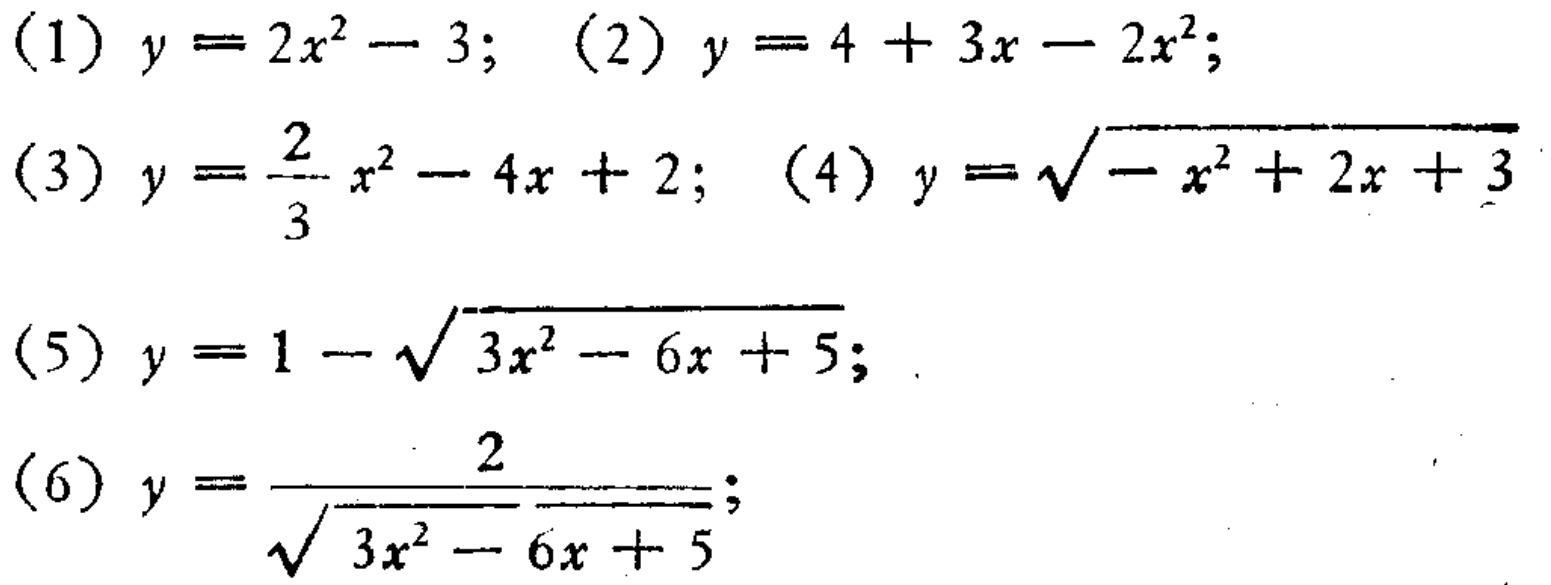
(1) \(y = 2x^{2}-3\); (2) \(y = 4 + 3x-2x^{2}\);

(3) \(y=\frac{2}{3}x^{2}-4x + 2\); (4) \(y=\sqrt{-x^{2}+2x + 3}\)

(5) \(y = 1-\sqrt{3x^{2}-6x + 5}\);

(6) \(y=\frac{2}{\sqrt{3x^{2}-6x + 5}}\);